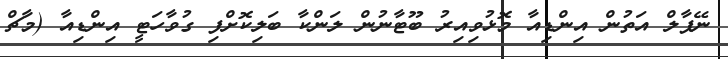
ނޭޕާލް އަތުން އިންޑިއާ މޮޅުވިއިރު ބޫޓާނުން ލަންކާ ބަލިކޮށްފި ގުވާހަޓީ އިންޑިއާ (މާޗް